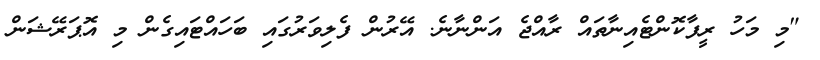
"މި މަހު ރީފާކޮންޓެއިނާތައް ރާއްޖެ އަންނާނެ. އޭރުން ފެލިވަރުގައި ބަހައްޓައިގެން މި އޮޕަރޭޝަން